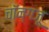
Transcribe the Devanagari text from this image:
चॉन्गजू